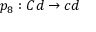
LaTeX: p _ { 8 } : C d \rightarrow c d